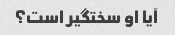
آیا او سختگیر است؟